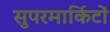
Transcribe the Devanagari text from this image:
सुपरमार्किटों